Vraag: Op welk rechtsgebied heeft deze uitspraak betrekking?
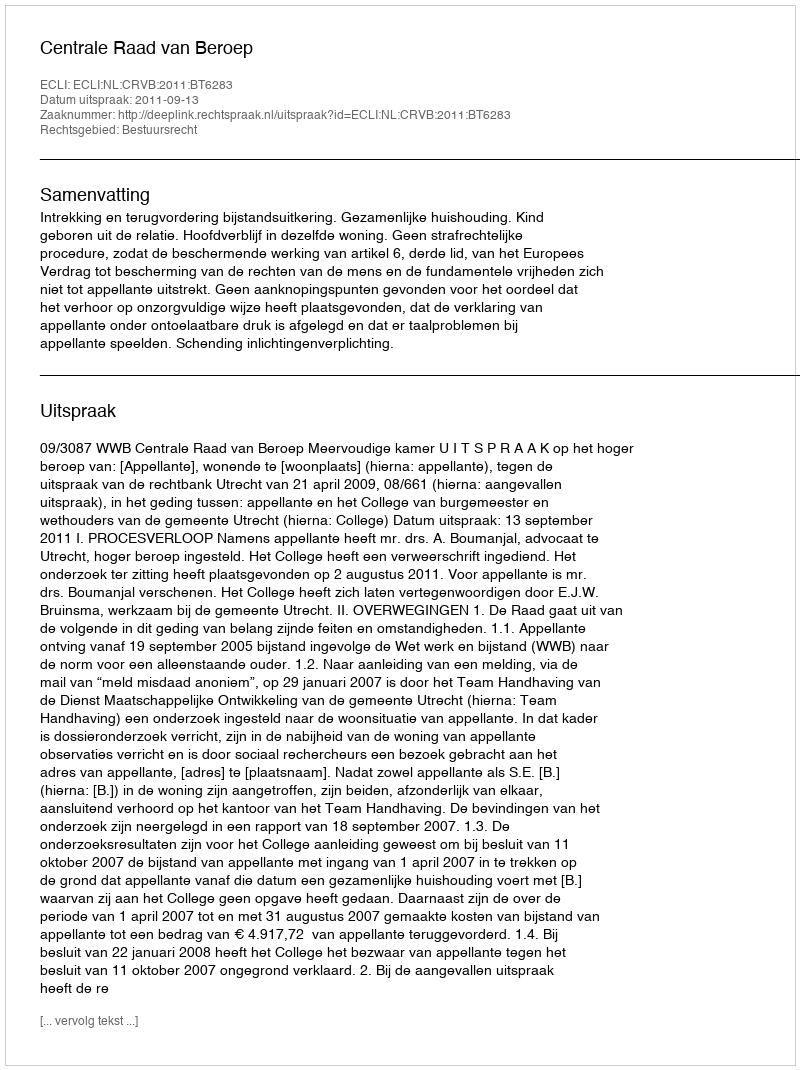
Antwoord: Bestuursrecht